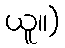
ယူ။)